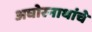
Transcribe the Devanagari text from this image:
अघोरनाथांचे